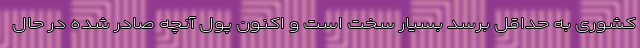
کشوری به حداقل برسد بسیار سخت است و اکنون پول آنچه صادر شده در حال